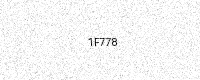
Text: 1F778